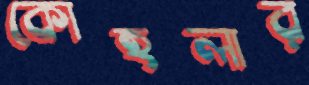
কোহলার